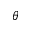
\theta